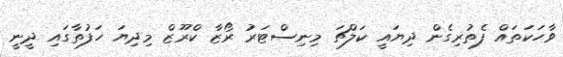
ވާހަކަތައް ފެތުރިގެން ދިޔައީ ކަލްޗަ މިނިސްޓަރު ރޯޒާ ކްރޫޒް މިދިޔަ ހަފުތާގައި ދީނީ